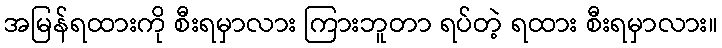
အမြန်ရထားကို စီးရမှာလား ကြားဘူတာ ရပ်တဲ့ ရထား စီးရမှာလား။